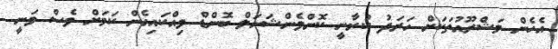
އެހެން މަޝްރޫއުތަކަށް ހަރަދު ކުރާނީ ކޮންވެންޝަނަލް ބޮންޑް ވިއްކައިގެން ކަމަށް ވެސް ވަނީ